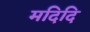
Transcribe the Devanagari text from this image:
मदिदि